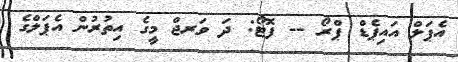
އެޕަލް އައިޕެޑް ޕްރޯ -- ފޮޓޯ: ދަ ވަރޖް މީގެ އިތުރުން އެޕަލްގެ